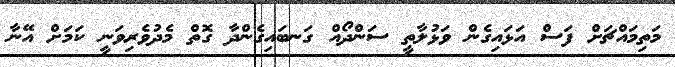
މަތިމައްޗަށް ފަސް އަޅައިގެން ވަޅުލާތީ ސަންދޯއް ގަނބައިގެންދާ ގޮތް މެދުވެރިވަނީ ކަމަށް އޭނާ